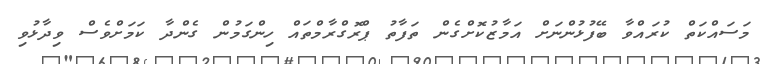
މަސައްކަތް ކުރައްވާ ބޭފުޅުންނަށް އަމާޒުކޮށްގެން ތަފާތު ޕްރޮގްރާމްތައް ހިންގަމުން ގެންދާ ކަމަށްވެސް ވިދާޅުވި